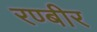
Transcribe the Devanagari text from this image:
रण्बीर